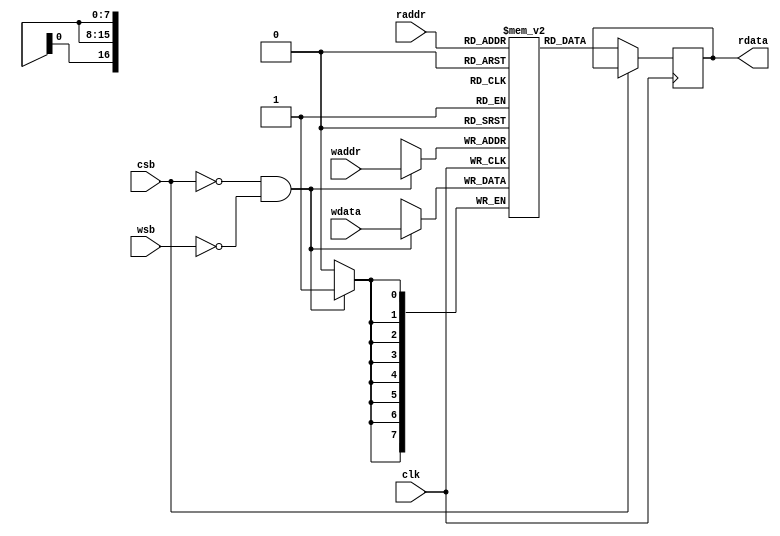
module sram_79399x8b #(       //for weight
    parameter WordNum  = 79400,
    parameter BitWidth = 8
)(
    input                     clk,   //clock input
    input                     csb,   //chip enable (active low)
    input                     wsb,   //write enable (active low)   
    input      [16:0]          waddr, //write address
    input      [BitWidth-1:0] wdata, //write data
    input      [16:0]          raddr, //read address
    output reg [BitWidth-1:0] rdata  //read data
);

reg [BitWidth-1:0] mem [0:WordNum-1];

always @(posedge clk) begin
    if(~csb && ~wsb)
        mem[waddr] <= wdata;
end

always @(posedge clk) begin
    if(~csb)
        #(1) rdata <= mem[raddr];
end

task load_param(
    input integer        index,
    input [BitWidth-1:0] param_input
);
    mem[index] = param_input;
endtask

endmodule